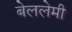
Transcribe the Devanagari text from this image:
बेललेमी